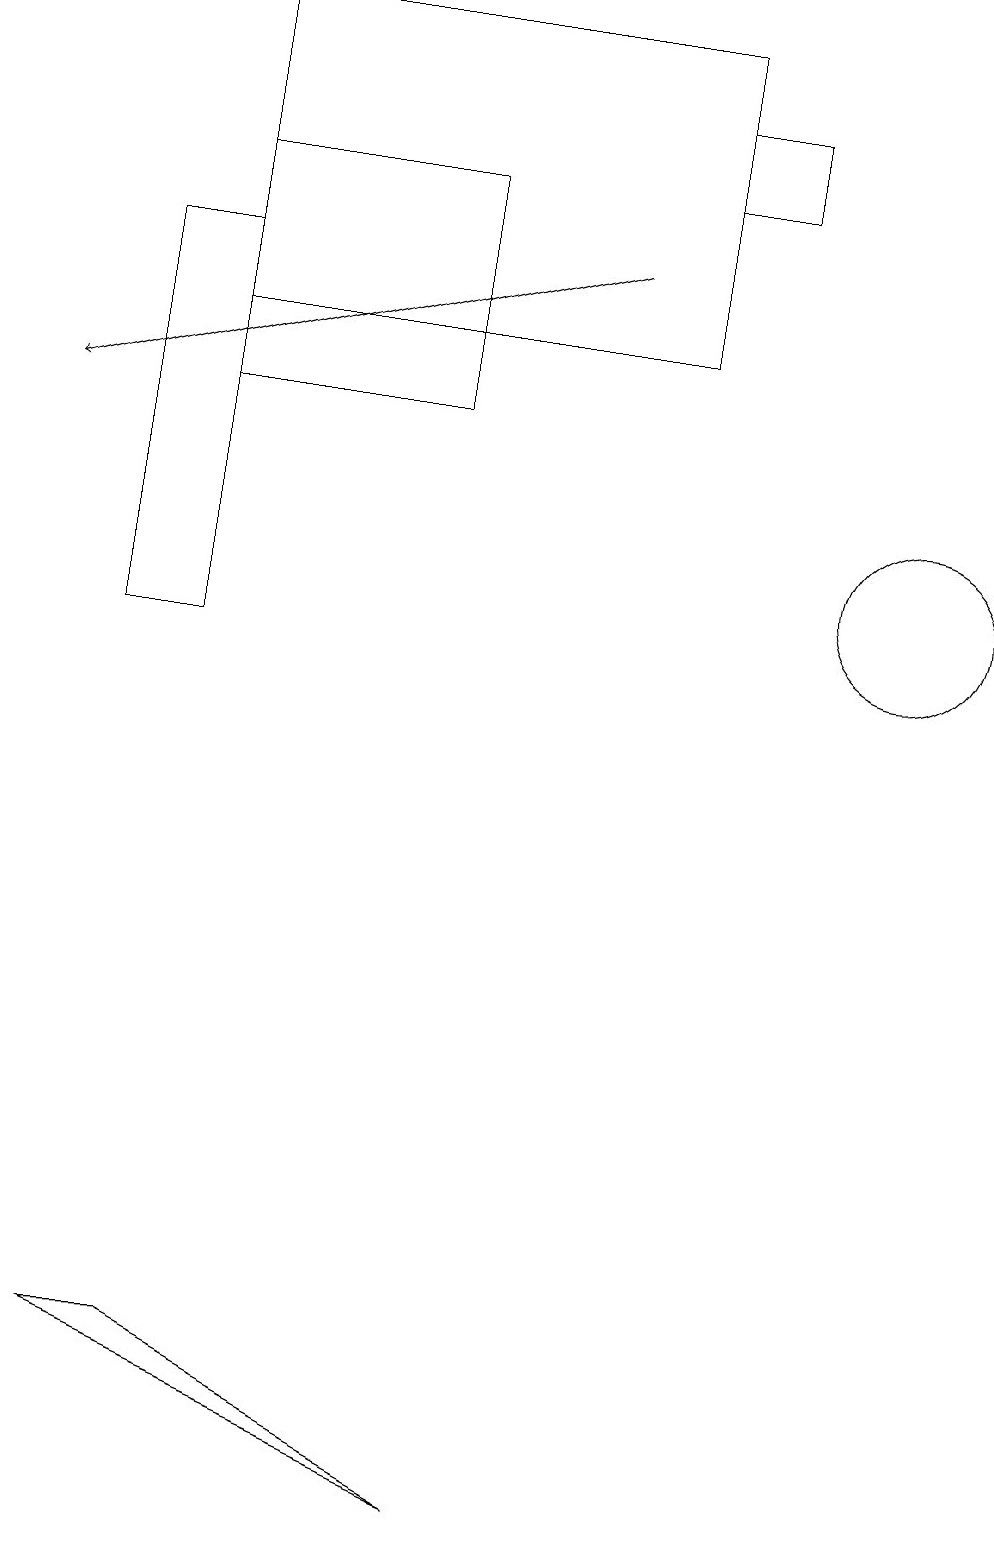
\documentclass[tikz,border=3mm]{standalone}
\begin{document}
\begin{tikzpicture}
\draw (2,11) rectangle (1,16);
\draw (6,0) -- (2,2) -- (1,2) -- cycle;
\draw (2,17) rectangle (5,14);
\draw (2,19) rectangle (8,15);
\draw (11,12) circle (1);
\draw (8,17) rectangle (9,18);
\draw[->] (7,16) -- (0,14);
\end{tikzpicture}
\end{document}